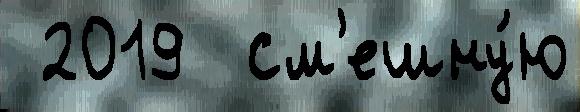
 2019  см'ешну́ю